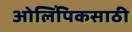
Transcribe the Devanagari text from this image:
ओलिंपिकसाठी